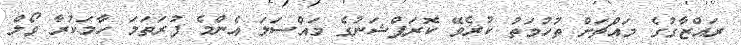
ރައްޒާގުގެ މައްޗަށް ތުހުމަތު ކުރެވޭ ކޮރަޕްޝަނުގެ މައްސަލަ އެންމެ ފުރަތަމަ ހާމަކުރާ ވޯލް